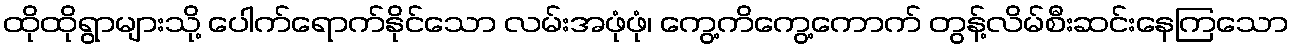
ထိုထိုရွာများသို့ ပေါက်ရောက်နိုင်သော လမ်းအဖုံဖုံ၊ ကွေ့ကိကွေ့ကောက် တွန့်လိမ်စီးဆင်းနေကြသော